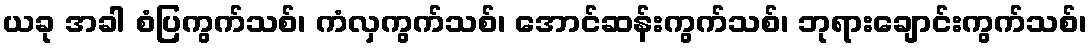
ယခု အခါ စံပြကွက်သစ်၊ ကံလှကွက်သစ်၊ အောင်ဆန်းကွက်သစ်၊ ဘုရားချောင်းကွက်သစ်၊